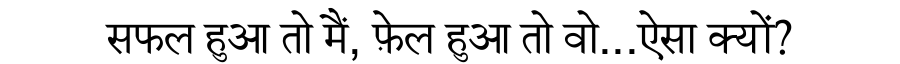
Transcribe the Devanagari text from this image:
सफल हुआ तो मैं, फ़ेल हुआ तो वो...ऐसा क्यों?